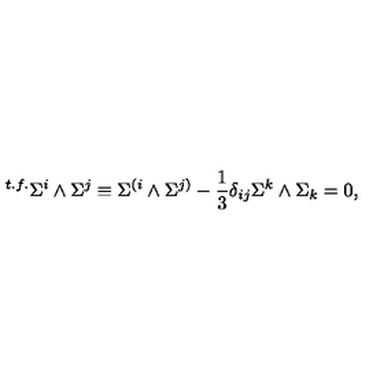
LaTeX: { } ^ { t . f . } \Sigma ^ { i } \wedge \Sigma ^ { j } \equiv \Sigma ^ { ( i } \wedge \Sigma ^ { j ) } - { \frac { 1 } { 3 } } \delta _ { i j } \Sigma ^ { k } \wedge \Sigma _ { k } = 0 ,